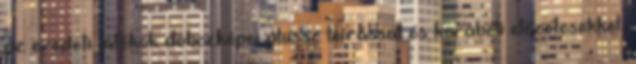
az eredeti játékok dobozképei plussz leírással és korabeli előzetesekkel,